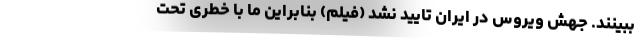
ببینند. جهش ویروس در ایران تایید نشد (فیلم) بنابراین ما با خطری تحت